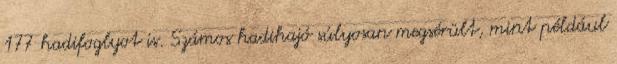
177 hadifoglyot is. Számos hadihajó súlyosan megsérült, mint például